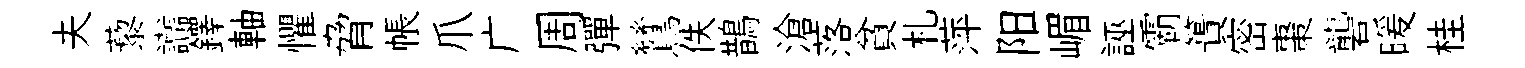
夫藜讟鐸軸懼脅帳爪广周彈鷥佚鵲滄落貧札萍阳嵋誣霸簣密棗礱暖桂